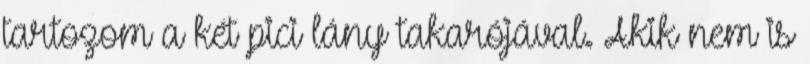
tartozom a két pici lány takarójával. Akik nem is